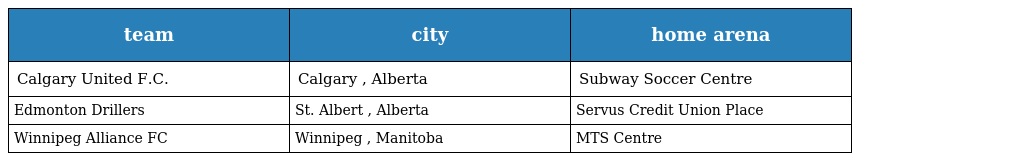
| team | city | home arena |
 | --- | --- | --- |
 | Calgary United F.C. | Calgary , Alberta | Subway Soccer Centre |
 | Edmonton Drillers | St. Albert , Alberta | Servus Credit Union Place |
 | Winnipeg Alliance FC | Winnipeg , Manitoba | MTS Centre |